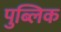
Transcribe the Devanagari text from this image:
पुब्लिक